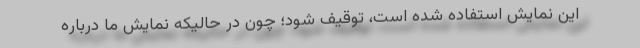
این نمایش استفاده شده است، توقیف شود؛ چون در حالیکه نمایش ما درباره